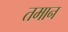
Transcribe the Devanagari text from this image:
तमान